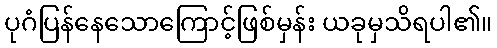
ပုဂံပြန်နေသောကြောင့်ဖြစ်မှန်း ယခုမှသိရပါ၏။